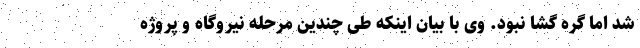
شد اما گره گشا نبود. وی با بیان اینکه طی چندین مرحله نیروگاه و پروژه